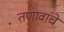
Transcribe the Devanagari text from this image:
तणावांचे